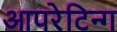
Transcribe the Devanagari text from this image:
आपरेटिन्ग